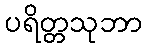
ပရိတ္တသုဘာ